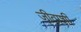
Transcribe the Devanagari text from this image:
जीवाशी